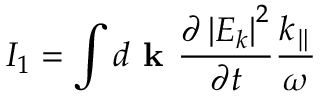
I _ { 1 } = \int d \textbf { k } \frac { \partial \left| E _ { k } \right| ^ { 2 } } { \partial t } \frac { k _ { \parallel } } { \omega }